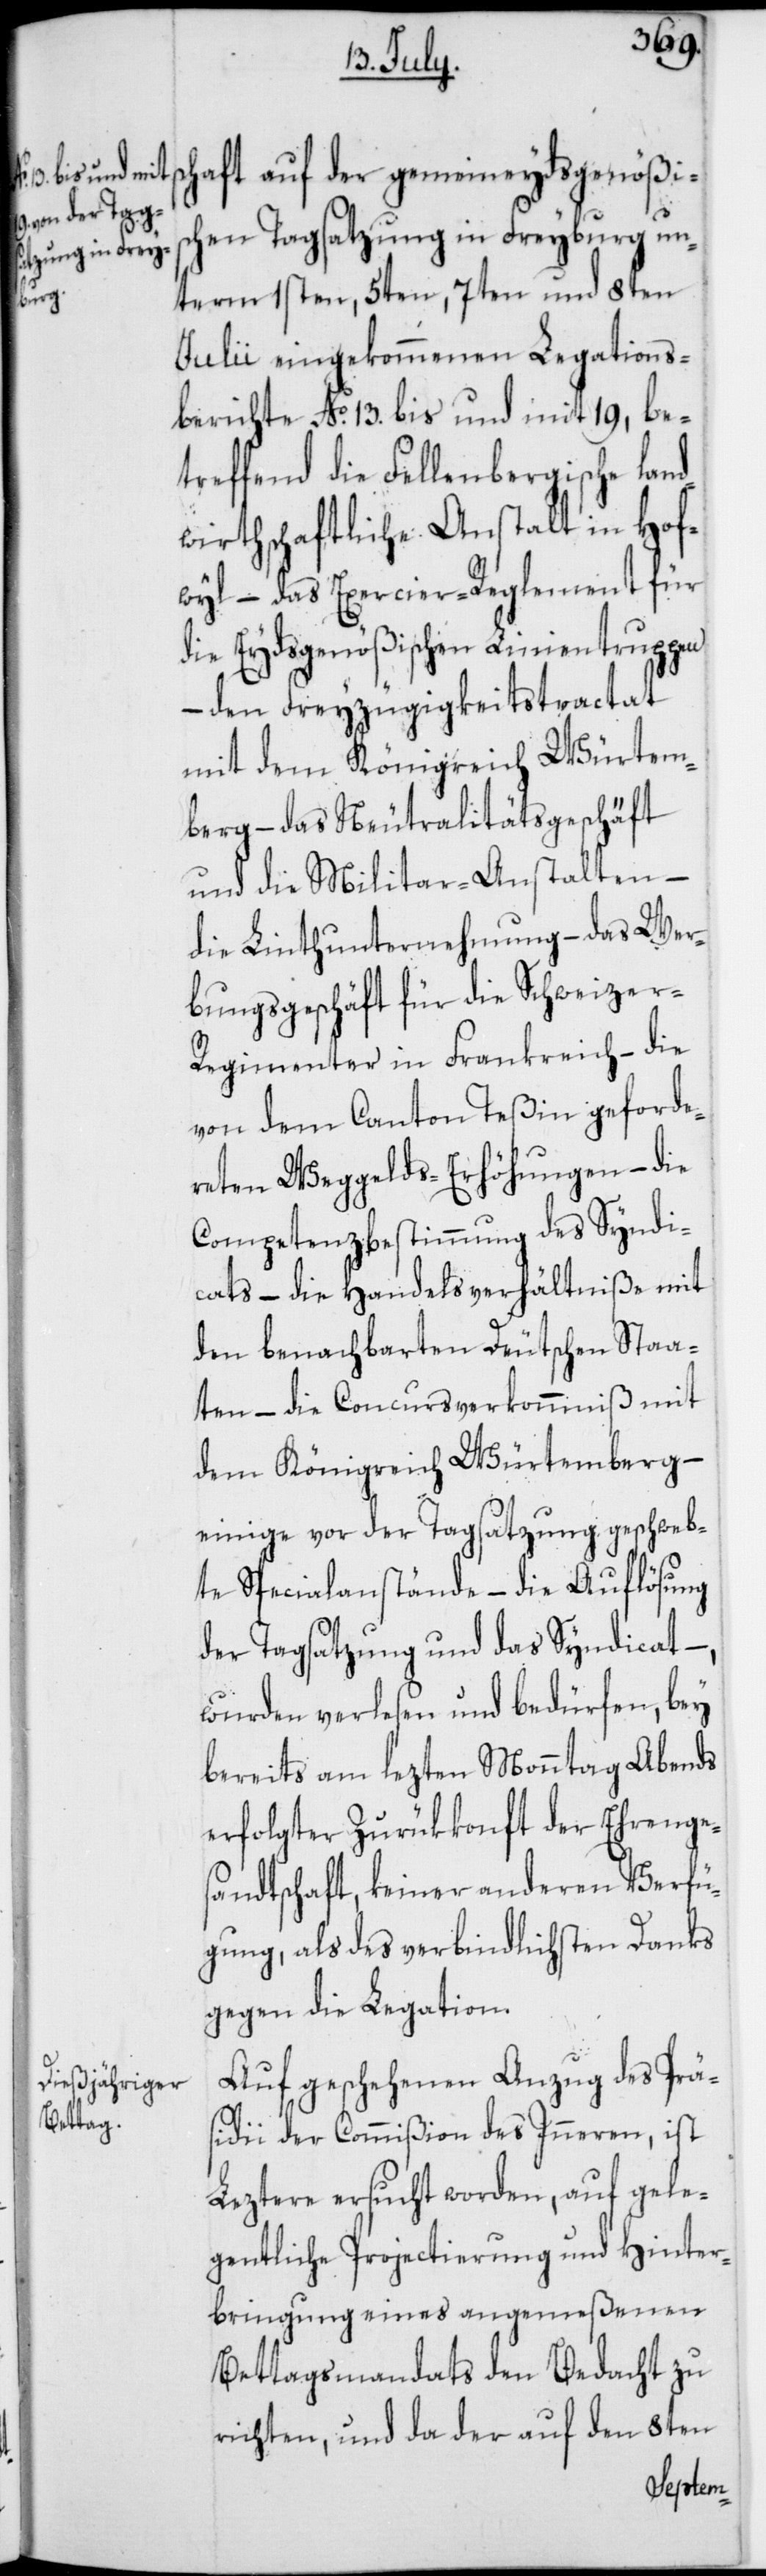
sc¬
haft auf der gemeineydsgenößisc¬
hen Tagsatzung in Freyburg un¬
term 1sten, 5ten, 7ten und 8ten
Julii eingekommenen Legations¬
berichte No 13. bis und mit 19, be¬
treffend die Fellenbergische lan¬
dwirthschaftliche Anstalt in Hof¬
wyl – das Exercier-Reglement für
die Eydsgenößischen Linientruppen
– den Freyzügigkeitstractat
mit dem Königreich Würtem¬
berg – das Neutralitätsgeschäft
und die Militar-Anstalten –
die Linthunternehmung – das Wer¬
bungsgeschäft für die Schweizer-R¬
egimenter in Frankreich – die
von dem Canton Teßin geforde¬
reten Weggelds-Erhöhungen – die
Competenz-Bestimmung des Syndi¬
cats – die Handelsverhältniße mit
den benachbarten Deutschen Staa¬
ten – die Concursverkommniß mit
dem Königreich Würtemberg –
einige vor der Tagsatzung geschweb¬
te Specialanstände – die Auflösung
der Tagsatzung und das Syndicat –,
wurden verlesen und bedürfen, bey
bereits am lezten Monntag Abends
erfolgter Zurükkonft der Ehrenges¬
andtschaft, keiner anderen Verfü¬
gung, als des verbindlichsten Danks
gegen die Legation.
Auf geschehenen Anzug des Prä¬
sidii der Commißion des Inneren, ist
Leztere ersucht worden, auf gele¬
gentliche Projectierung und Hinter¬
bringung eines angemeßenen
Bettagsmandats den Bedacht zu
richten, und da der auf den 8ten